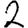
Digit: 2